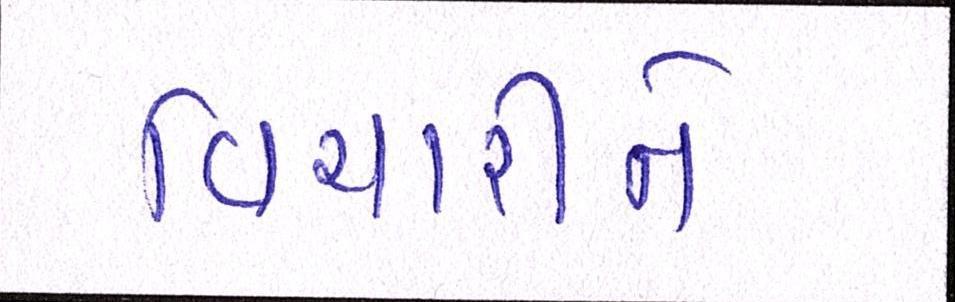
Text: વિચારીને